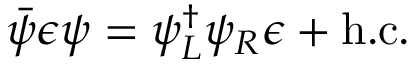
\bar { \psi } \epsilon \psi = \psi _ { L } ^ { \dag } \psi _ { R } \epsilon + \mathrm { h . c . }